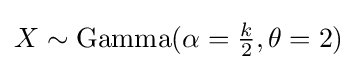
{\textstyle X\sim {\text{Gamma}}(\alpha ={\frac {k}{2}},\theta =2)}